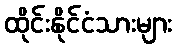
ထိုင်းနိုင်ငံသားများ